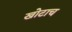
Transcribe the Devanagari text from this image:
खोटाच